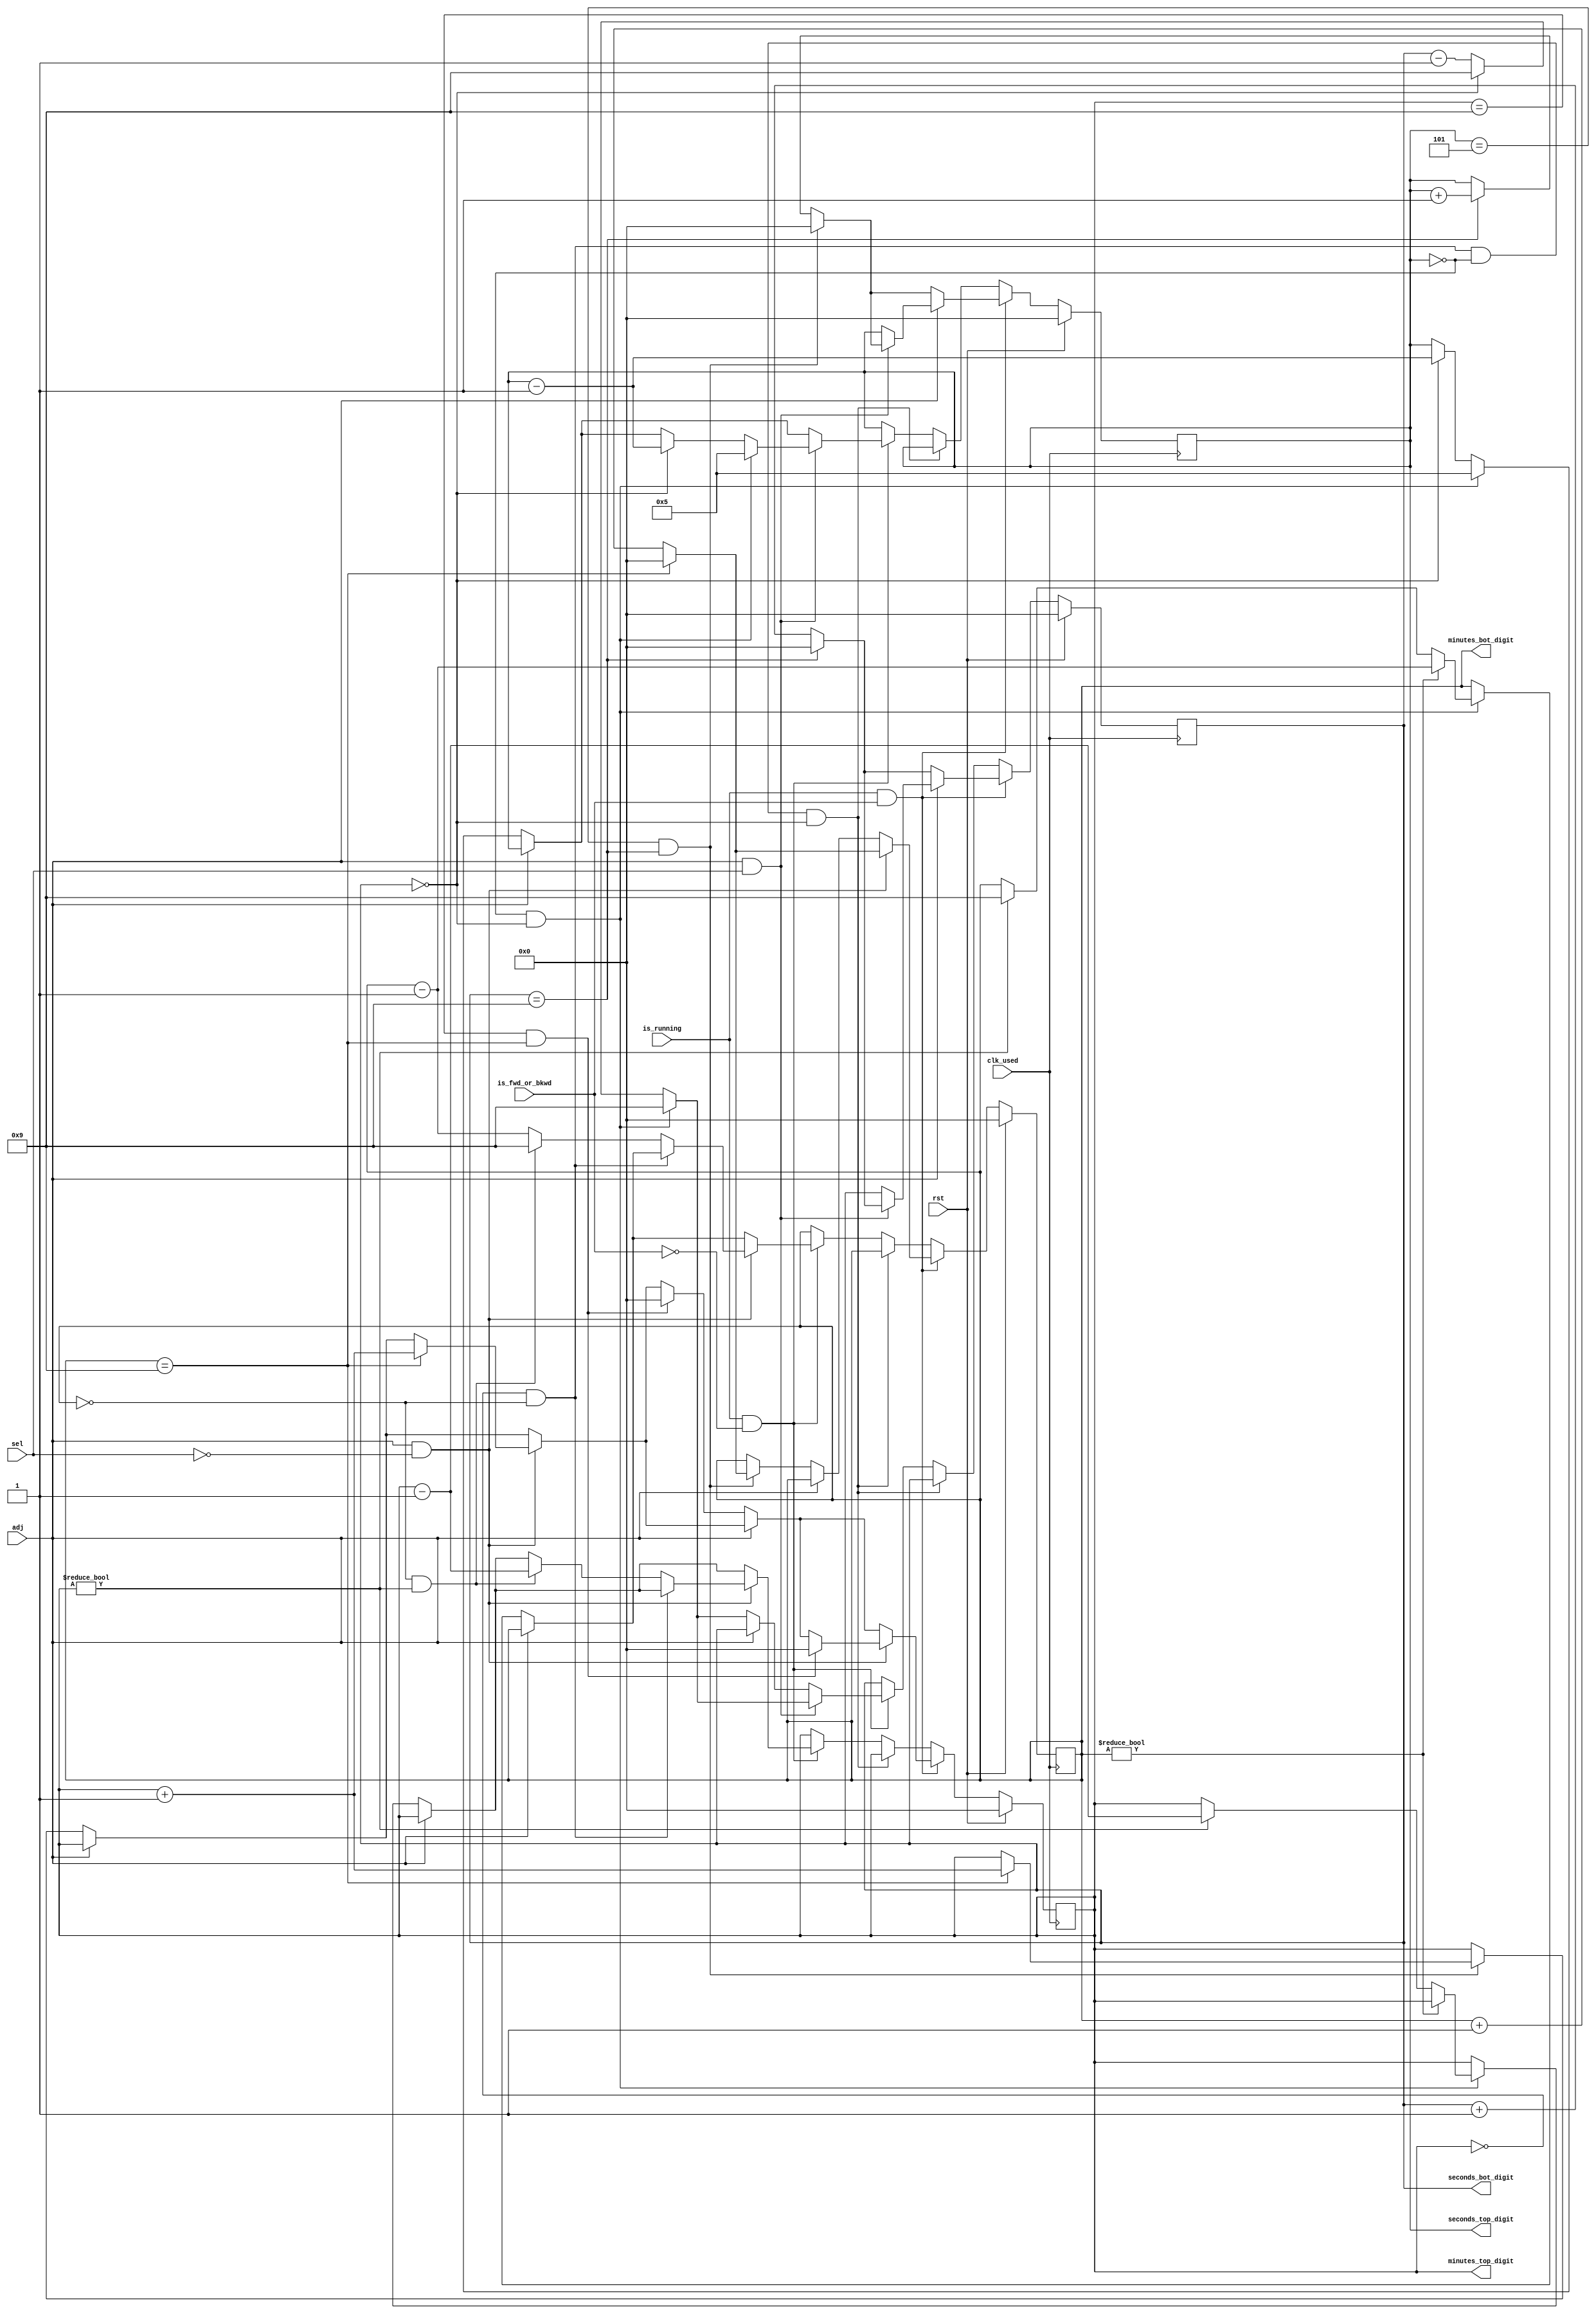
`timescale 1ns / 1ps
//////////////////////////////////////////////////////////////////////////////////
// Company: 
// Engineer: 
// 
// Design Name: 
// Module Name:    counter_hms 
// Project Name: 
// Target Devices: 
// Tool versions: 
// Description: 
//
// Dependencies: 
//
// Revision: 
// Revision 0.01 - File Created
// Additional Comments: 
//
//////////////////////////////////////////////////////////////////////////////////
module counter_hms(
    input clk_used,
    input rst,
    input adj,
    input sel,
    input is_running,
    input is_fwd_or_bkwd,
    output reg[3:0] minutes_top_digit,
    output reg[3:0] minutes_bot_digit,
    output reg[3:0] seconds_top_digit,
    output reg[3:0] seconds_bot_digit
    );
    
    
     
     /*always @() begin
        
     end*/
    
    always @ (posedge clk_used) begin
        if (rst) begin
            minutes_top_digit <= 0;
            minutes_bot_digit <= 0;
            seconds_top_digit <= 0;
            seconds_bot_digit <= 0;
        end
        
        else if (is_running && is_fwd_or_bkwd) begin
        // if running and counting forward
            if (adj == 0) begin
            // seconds control
                seconds_bot_digit <= seconds_bot_digit + 1;
                // if we reach 9 seconds
                if (seconds_bot_digit == 'd9) begin
                    seconds_bot_digit <= 0;
                    seconds_top_digit <= seconds_top_digit + 1;
                end
                // if we reach 59 seconds
                if (seconds_top_digit == 'd5 && seconds_bot_digit == 'd9) begin
                    seconds_top_digit <= 0;
                    if (minutes_bot_digit == 'd9) begin
                        minutes_bot_digit <= 0;
                        minutes_top_digit <= minutes_top_digit + 1;
                    end
                    else begin
                        minutes_bot_digit <= minutes_bot_digit + 1;
                    end
                end
            end
            // adjust seconds
            else if (adj == 1 && sel == 1) begin
            
                seconds_bot_digit <= seconds_bot_digit + 1;
                // if we reach 9 seconds
                if (seconds_bot_digit == 'd9) begin
                    seconds_bot_digit <= 0;
                    seconds_top_digit <= seconds_top_digit + 1;
                end
                if (seconds_top_digit == 'd5 && seconds_bot_digit == 'd9) begin
                    seconds_top_digit <= 0;
                   
                end
            end
            
            // if adjust = 1, always increase minutes
            if (adj == 1 && sel == 0) begin
                if (minutes_bot_digit == 'd9) begin
                    minutes_bot_digit <= 0;
                    minutes_top_digit <= minutes_top_digit + 1;
                end
                else begin
                    minutes_bot_digit <= minutes_bot_digit + 1;
                end
                //minutes_bot_digit <= minutes_bot_digit + 1;
            end
            if (adj == 0) begin
                if (minutes_top_digit == 'd9 && minutes_bot_digit == 'd9) begin
                    minutes_top_digit <= 0;
                end
            end
            if (adj == 1 && sel == 0) begin
            // if at 9 minutes
                /*if (minutes_bot_digit == 'd9) begin
                    minutes_bot_digit <= 0;
                    minutes_top_digit <= minutes_top_digit + 1;
                end*/
                if (minutes_top_digit == 'd9 && minutes_bot_digit == 'd9) begin
                    minutes_top_digit <= 0;
                end
            end
        end
        else if (!minutes_top_digit && !minutes_bot_digit && !seconds_top_digit && !seconds_bot_digit) begin
            //
        end
        else if (is_running && !is_fwd_or_bkwd) begin
        // if running and counting backward
            if (adj == 0) begin
                seconds_bot_digit <= seconds_bot_digit - 1;
                if (seconds_bot_digit == 'd0) begin
                    seconds_bot_digit <= 9;
                    seconds_top_digit <= seconds_top_digit - 1;
                end
                if (seconds_top_digit == 'd0 && seconds_bot_digit == 'd0) begin
                    seconds_top_digit <= 5;
                    seconds_bot_digit <= 9;
                    if (minutes_bot_digit) begin
                        minutes_bot_digit <= minutes_bot_digit - 1;
                    end
                    else if (minutes_top_digit != 0) begin
                        minutes_top_digit <= minutes_top_digit - 1;
                        minutes_bot_digit <= 9;
                    end
                end
            end
            // adjust seconds
            if (adj == 1 && sel == 1) begin
                seconds_bot_digit <= seconds_bot_digit - 1;
                if (seconds_bot_digit == 'd0) begin
                    seconds_bot_digit <= 9;
                    seconds_top_digit <= seconds_top_digit - 1;
                end
                if (seconds_top_digit == 'd0 && seconds_bot_digit == 'd0) begin
                    seconds_top_digit <= 5;
                    seconds_bot_digit <= 9;
                end
            end
            
            /*if (adj == 1 && sel == 0) begin
                minutes_bot_digit <= minutes_bot_digit - 1;
            end*/
            // adjust minutes
            if (adj == 1 && sel == 0) begin
                if (minutes_bot_digit == 'd0 && minutes_top_digit == 'd0) begin
                    
                end
                else if (minutes_bot_digit == 'd0 && minutes_top_digit != 'd0) begin
                    minutes_bot_digit <= 9;
                    minutes_top_digit <= minutes_top_digit - 1;
                end
                else begin
                    minutes_bot_digit <= minutes_bot_digit - 1;
                end
                /*if (minutes_top_digit == 'd0 && minutes_bot_digit == 'd0) begin
                    minutes_top_digit <= 9;
                    minutes_bot_digit <= 9;
                end*/
            end
        end
        
        
    end

endmodule